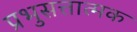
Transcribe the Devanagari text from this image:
प्रभुसत्तात्मक